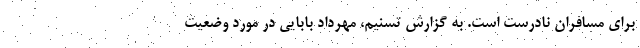
برای مسافران نادرست است. به گزارش تسنیم، مهرداد بابایی در مورد وضعیت